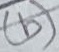
Text: (b)